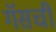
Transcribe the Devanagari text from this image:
गॅसची